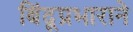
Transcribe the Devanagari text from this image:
बिंदूप्रभाराने